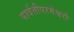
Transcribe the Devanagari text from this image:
पार्वतीपरमेश्वरौ